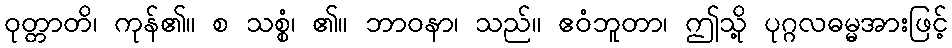
ဝုတ္တာတိ၊ ကုန်၏။ စ သစ္စံ၊ ၏။ ဘာဝနာ၊ သည်။ ဧဝံဘူတာ၊ ဤသို့ ပုဂ္ဂလဓမ္မအားဖြင့်